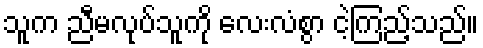
သူက ညီမလုပ်သူကို လေးလံစွာ ငဲ့ကြည့်သည်။